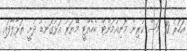
އަހަރު 10 މަސް ކުރިން މޮނިއުމަންޓް ބެހެއްޓީ މޭޔަރު އަޅުގަނޑު ދުށީ ތަޅާލާފައި